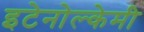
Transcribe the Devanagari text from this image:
इटेनोल्केमी